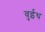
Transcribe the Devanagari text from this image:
वुईथ